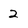
Character: 2